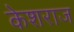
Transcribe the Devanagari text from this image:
केशराज